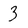
Character: 3